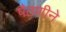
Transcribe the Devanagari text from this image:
पैठणीने